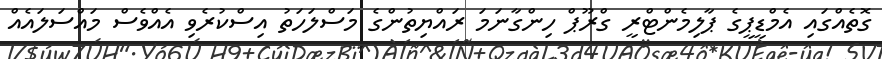
ގޮތެއްގައި އެމްޑީޕީގެ ޕާލިމެންޓްރީ ގްރޫޕް ހިންގާނަމަ ރައްޔިތުންގެ މަސްލަހަތު އިސްކުރެވި އެއްވެސް މައްސަލައެއް